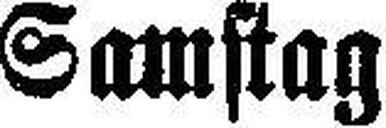
Samstag